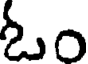
ఓం